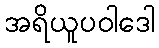
အရိယူပဝါဒေါ